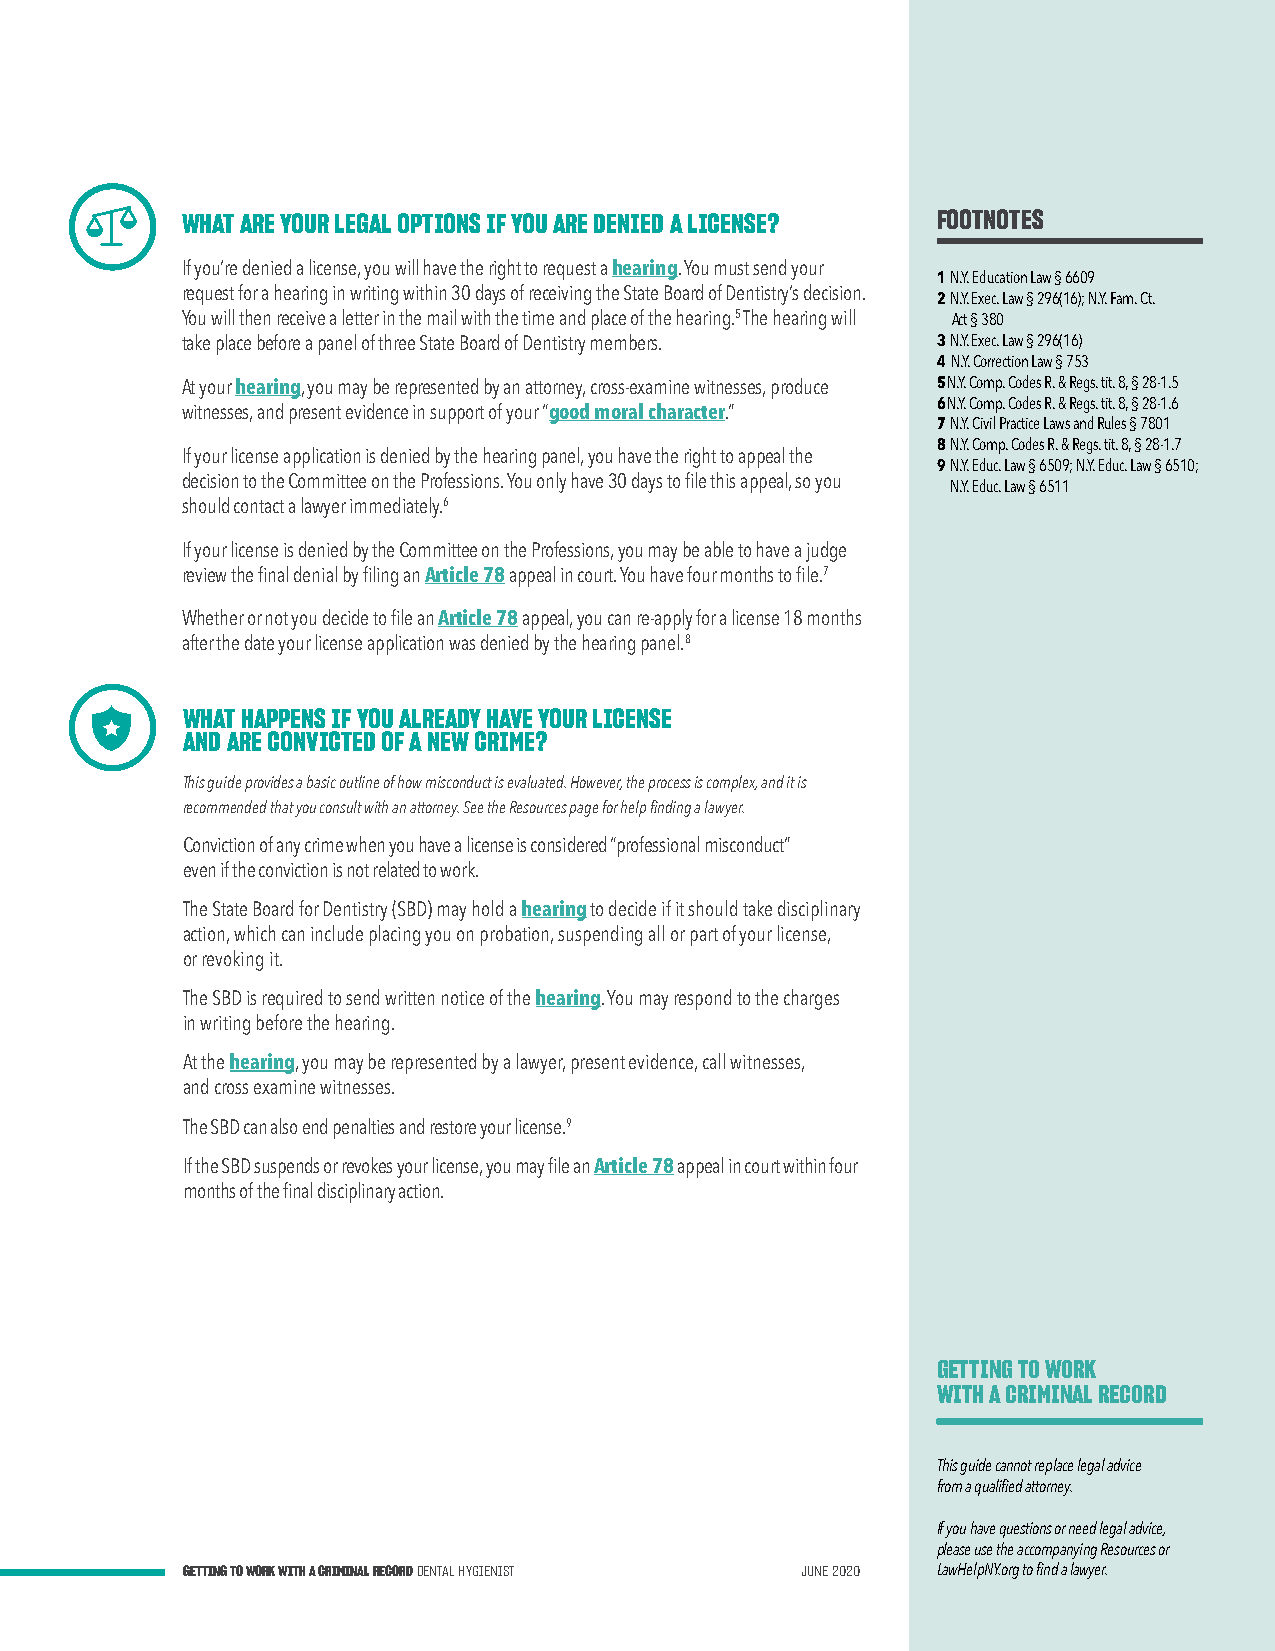
WHAT ARE YOUR LEGAL OPTIONS IF YOU ARE DENIED A LICENSE? FOOTNOTES
 If you’re denied a license, you will have the right to request a hearing. You must send your
 1 N.Y. Education Law § 6609
 request for a hearing in writing within 30 days of receiving the State Board of Dentistry’s decision. 2 N.Y. Exec. Law § 296(16); N.Y. Fam. Ct.
 You will then receive a letter in the mail with the time and place of the hearing.5 The hearing will Act § 380
 take place before a panel of three State Board of Dentistry members. 3 N.Y. Exec. Law § 296(16)
 4 N.Y. Correction Law § 753
 At your hearing, you may be represented by an attorney, cross-examine witnesses, produce 5 N.Y. Comp. Codes R. & Regs. tit. 8, § 28-1.5
 witnesses, and present evidence in support of your “good moral character.” 6 N.Y. Comp. Codes R. & Regs. tit. 8, § 28-1.6
 7 N.Y. Civil Practice Laws and Rules § 7801
 8 N.Y. Comp. Codes R. & Regs. tit. 8, § 28-1.7
 If your license application is denied by the hearing panel, you have the right to appeal the
 9 N.Y. Educ. Law § 6509; N.Y. Educ. Law § 6510;
 decision to the Committee on the Professions. You only have 30 days to file this appeal, so you
 N.Y. Educ. Law § 6511
 should contact a lawyer immediately.6
 If your license is denied by the Committee on the Professions, you may be able to have a judge
 review the final denial by filing an Article 78 appeal in court. You have four months to file.7
 Whether or not you decide to file an Article 78 appeal, you can re-apply for a license 18 months
 after the date your license application was denied by the hearing panel.8
 WHAT HAPPENS IF YOU ALREADY HAVE YOUR LICENSE
 AND ARE CONVICTED OF A NEW CRIME?
 This guide provides a basic outline of how misconduct is evaluated. However, the process is complex, and it is
 recommended that you consult with an attorney. See the Resources page for help finding a lawyer.
 Conviction of any crime when you have a license is considered “professional misconduct”
 even if the conviction is not related to work.
 The State Board for Dentistry (SBD) may hold a hearing to decide if it should take disciplinary
 action, which can include placing you on probation, suspending all or part of your license,
 or revoking it.
 The SBD is required to send written notice of the hearing. You may respond to the charges
 in writing before the hearing.
 At the hearing, you may be represented by a lawyer, present evidence, call witnesses,
 and cross examine witnesses.
 The SBD can also end penalties and restore your license.9
 If the SBD suspends or revokes your license, you may file an Article 78 appeal in court within four
 months of the final disciplinary action.
 GETTING TO WORK
 WITH A CRIMINAL RECORD
 This guide cannot replace legal advice
 from a qualified attorney.
 If you have questions or need legal advice,
 please use the accompanying Resources or
 GETTING TO WORK WITH A CRIMINAL RECORD DENTAL HYGIENIST JUNE 2020 LawHelpNY.org to find a lawyer.